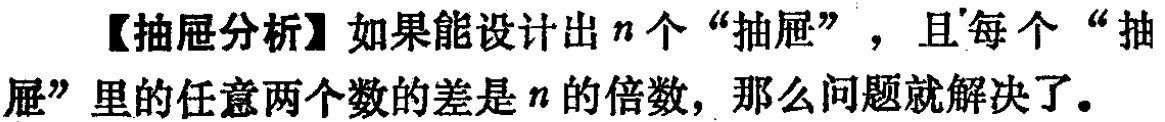
【抽屉分析】如果能设计出\(n\)个“抽屉”，且每个“抽屉”里的任意两个数的差是\(n\)的倍数，那么问题就解决了。